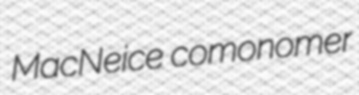
MacNeice comonomer